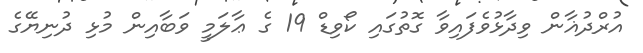
އުރްދުޣާން ވިދާޅުވެފައިވާ ގޮތުގައި ކޯވިޑް 19 ގެ ޢާލަމީ ވަބާއިން މުޅި ދުނިޔޭގެ